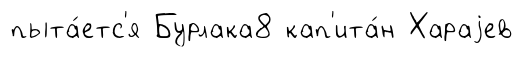
пыта́етс'я Бурлака8 кап'ита́н Хараjев